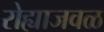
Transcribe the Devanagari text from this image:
रोह्याजवळ